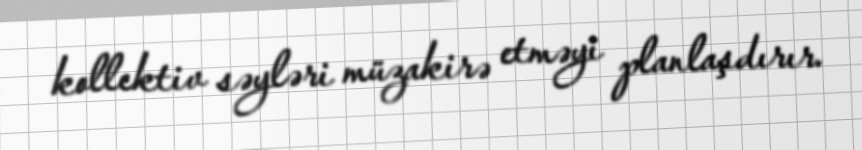
kollektiv səyləri müzakirə etməyi planlaşdırır.